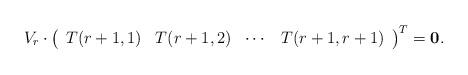
LaTeX: \begin{align*}V_{r}\cdot\left(\begin{array}{cccc}T(r+1,1) & T(r+1,2) & \cdots & T(r+1,r+1)\end{array}\right)^{T}=\mathbf{0}.\end{align*}